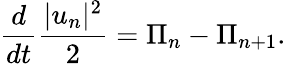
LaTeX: \frac{d}{dt}\frac{|u_{n}|^{2}}{2}=\Pi_{n}-\Pi_{n+1}.